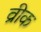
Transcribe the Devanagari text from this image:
व्रीक